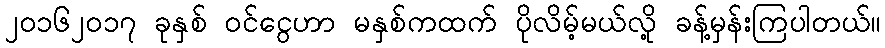
၂၀၁၆၂၀၁၇ ခုနှစ် ဝင်ငွေဟာ မနှစ်ကထက် ပိုလိမ့်မယ်လို့ ခန့်မှန်းကြပါတယ်။